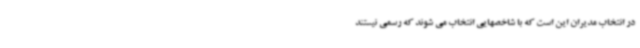
در انتخاب مدیران این است که با شاخصهایی انتخاب می شوند که رسمی نیستند